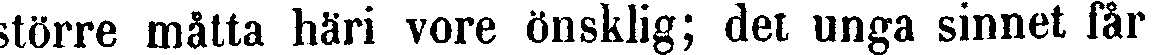
större måtta häri vore önsklig; det unga sinnet får